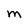
Character: M